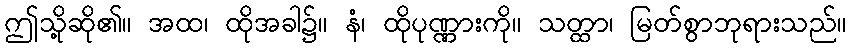
ဤသို့ဆို၏။ အထ၊ ထိုအခါ၌။ နံ၊ ထိုပုဏ္ဏားကို။ သတ္ထာ၊ မြတ်စွာဘုရားသည်။